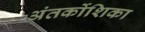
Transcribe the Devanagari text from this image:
अंतर्कोशिका